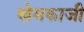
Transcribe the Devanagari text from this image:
खेमकाजी